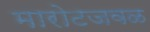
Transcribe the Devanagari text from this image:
मारोटजवळ